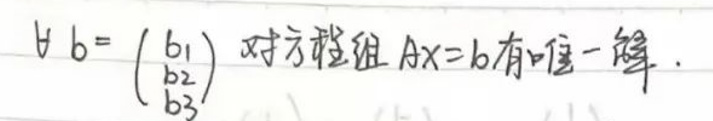
$b = \begin{pmatrix} b_1 \\ b_2 \\ b_3 \end{pmatrix}$ 方程组 \(Ax = b\) 有唯一解。